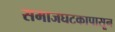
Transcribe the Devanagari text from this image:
समाजघटकापासून